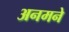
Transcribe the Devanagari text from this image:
अनमने